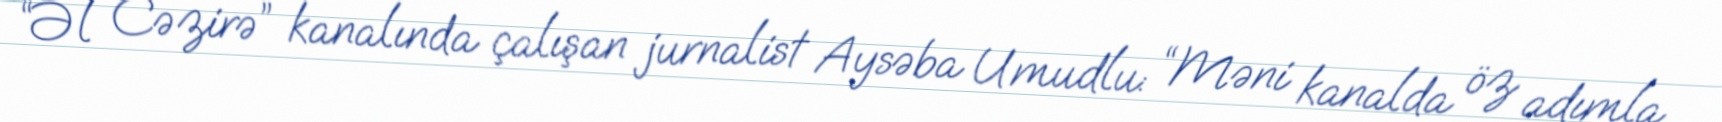
“Əl Cəzirə” kanalında çalışan jurnalist Aysəba Umudlu: “Məni kanalda öz adımla